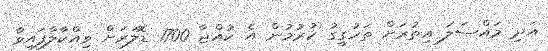
އަދި މައްސަލަ އިތުރަށް ތަހުގީގު ކުރުމުން އެ ކުއްޖާ 1700 ޑޮލަރަށް ވިއްކާލާފައިވާ